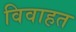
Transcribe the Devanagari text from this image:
विवाहत